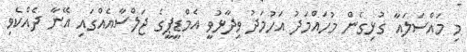
މި މައްސަލައާ ގުޅިގެން މުހައްމަދު އަހުމަދު ވިދާޅުވީ އެމްޑީޕީގެ ޖަލްސާއެއްގައި އޭނާ ދެއްކެވި